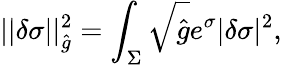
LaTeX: ||\delta\sigma||_{\hat{g}}^{2}=\int_{\Sigma}\sqrt{\hat{g}}e^{\sigma}|\delta\sigma|^{2},